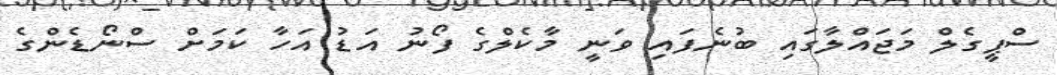
ސްޕީގެލް މަޖައްލާގައި ބުނެފައި ވަނީ މާކެލްގެ ފޯނު އަޑު އަހާ ކަމަށް ސްނޯޑެންގެ